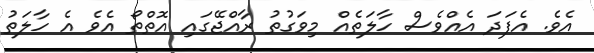
އެވެ. އެފަދަ އެއްވެސް ހާލަތެއް މިވަގުތު ރާއްޖޭގައި އޮތްތޯ އެވެ އެ ހާލަތު